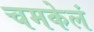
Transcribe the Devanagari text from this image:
चमकेलं